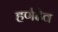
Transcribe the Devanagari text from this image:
हर्णदेव